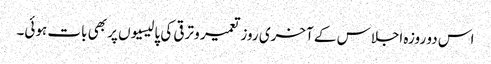
اس دو روزہ اجلاس کے آخری روز تعمیر و ترقی کی پالیسیوں پر بھی بات ہوئی۔